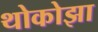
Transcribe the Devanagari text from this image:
थोकोझा